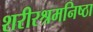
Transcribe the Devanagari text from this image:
शरीरश्रमनिष्ठा